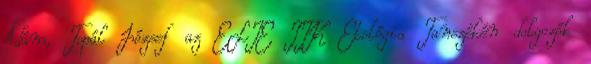
Ádám, Topál József az ELTE TTK Etológia Tanszékén dolgozók